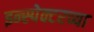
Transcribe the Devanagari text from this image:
इन्स्पेक्टरच्या